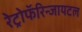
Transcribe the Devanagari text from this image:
रेट्रोफॅरिन्जायटल